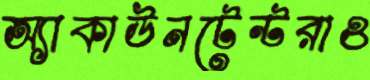
অ্যাকাউনটেন্টরাও